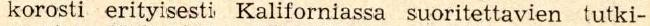
korosti erityisesti Kaliforniassa suoritettavien tutki-